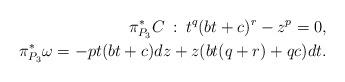
LaTeX: \begin{align*}\pi^*_{P_3}C\::\: t^q(bt+c)^r-z^p=0,\\\pi^*_{P_3}\omega=-pt(bt+c)dz+z(bt(q+r)+qc)dt.\end{align*}